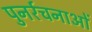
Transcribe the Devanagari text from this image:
पुनर्रचनाओं